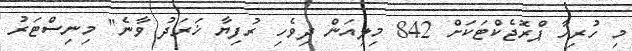
މި ހުރިހާ ޕްރޮޖެކްޓަކަށް 842 މިލިއަން ދިވެހި ރުފިޔާ ޚަރަދު ވާނެ" މިނިސްޓަރު